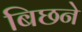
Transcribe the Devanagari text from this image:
बिछने